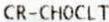
CR-CHOCLT